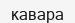
кавара